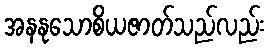
အနနုသောစိယဇာတ်သည်လည်း